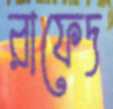
রাফেদ